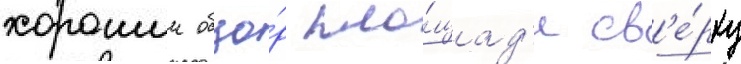
хорошии обзо́р пло́щад'и св'е́рху